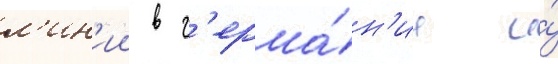
л'ин'ии в г'ерма́н'ии и́